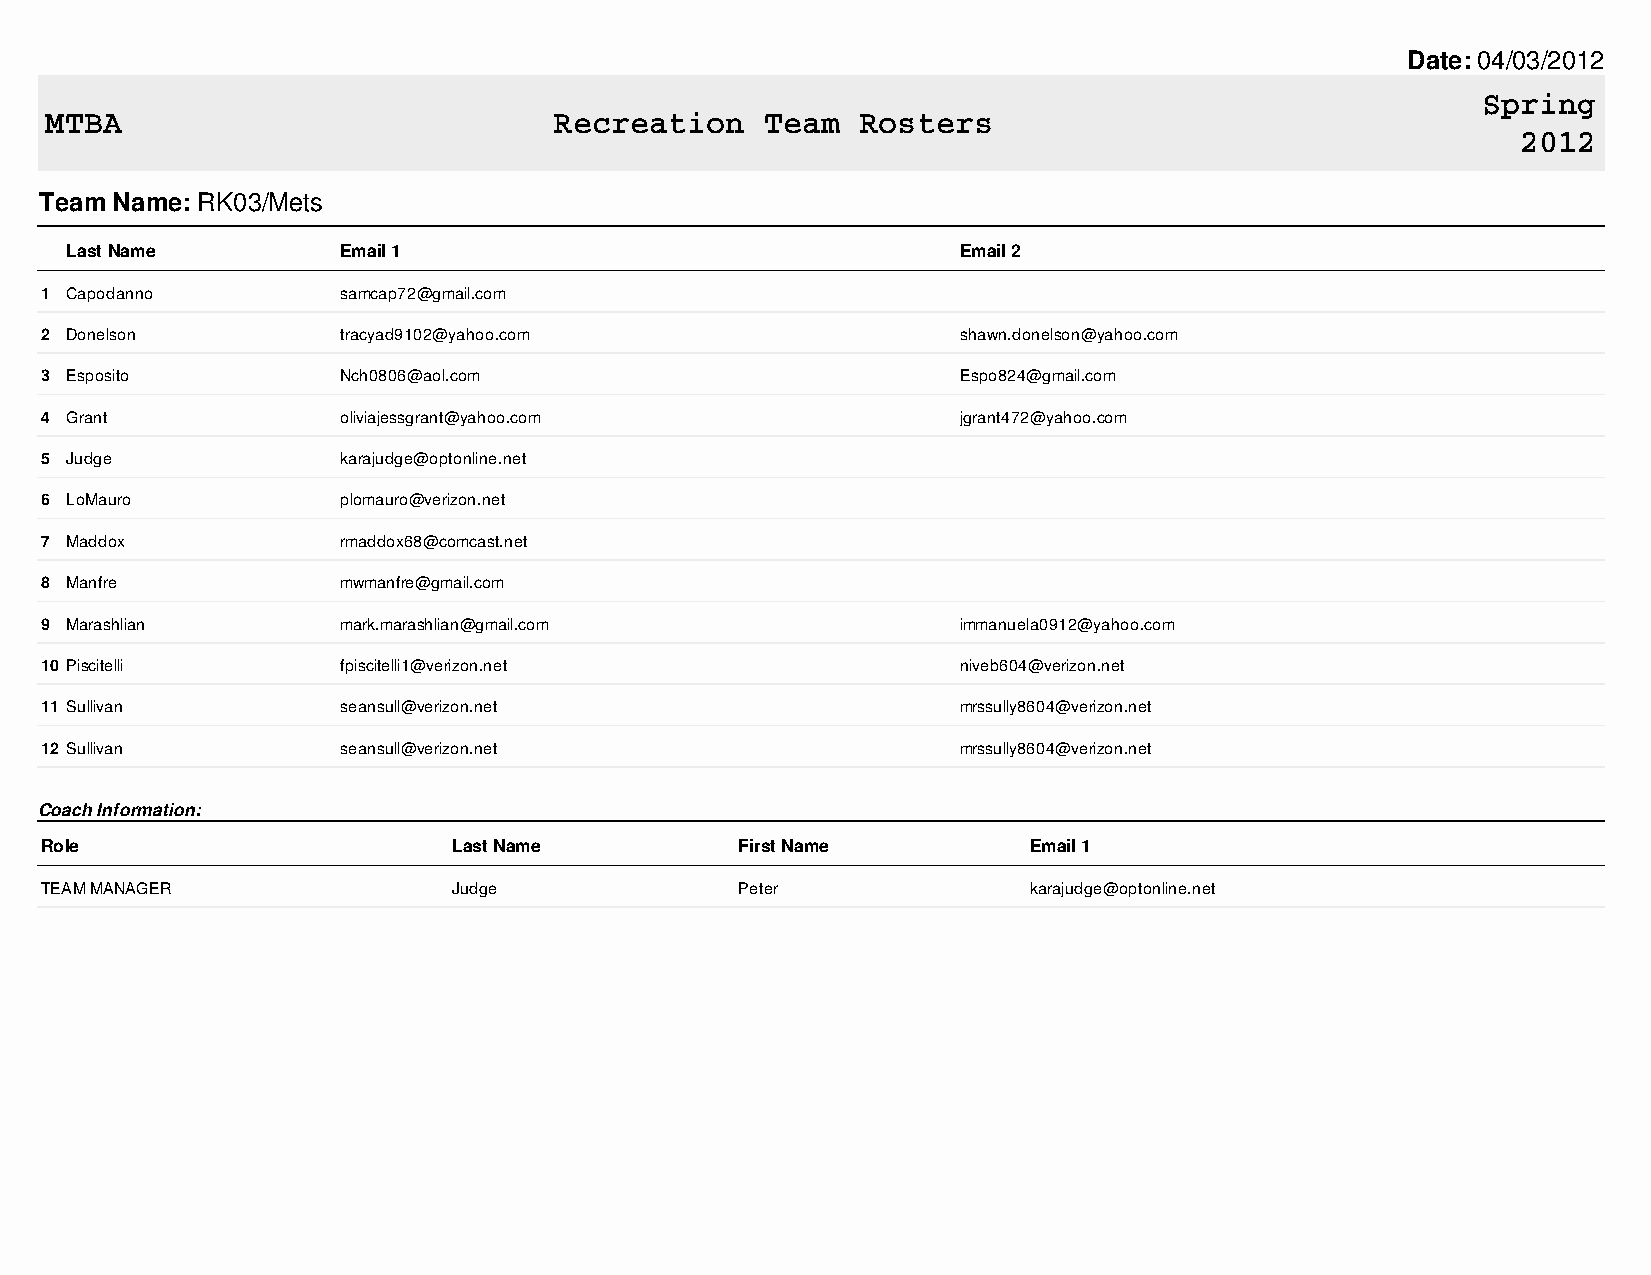
Date: 04/03/2012
 Spring
 MTBA                              Recreation    Team  Rosters
 2012
 Team Name: RK03/Mets
 Last Name          Email 1                                 Email 2
 1 Capodanno         samcap72@gmail.com
 2 Donelson          tracyad9102@yahoo.com                   shawn.donelson@yahoo.com
 3 Esposito          Nch0806@aol.com                         Espo824@gmail.com
 4 Grant             oliviajessgrant@yahoo.com               jgrant472@yahoo.com
 5 Judge             karajudge@optonline.net
 6 LoMauro           plomauro@verizon.net
 7 Maddox            rmaddox68@comcast.net
 8 Manfre            mwmanfre@gmail.com
 9 Marashlian        mark.marashlian@gmail.com               immanuela0912@yahoo.com
 10 Piscitelli       fpiscitelli1@verizon.net                niveb604@verizon.net
 11 Sullivan         seansull@verizon.net                    mrssully8604@verizon.net
 12 Sullivan         seansull@verizon.net                    mrssully8604@verizon.net
 Coach Information:
 Role                       Last Name          First Name         Email 1
 TEAM MANAGER               Judge              Peter              karajudge@optonline.net